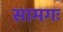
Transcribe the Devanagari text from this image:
सामगः